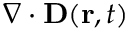
\nabla \cdot \mathbf { D } ( \mathbf { r } , t )